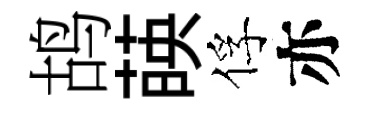
鸪𦴤俘亦